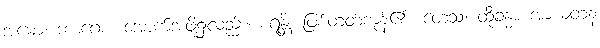
အဓော၊ ဘာဂေစ၊ အောက်အဖို့၌လည်း။ စရန္တိ၊ ဖြစ်တတ်ကုန်၏။ တေသံ၊ ထိုခန္ဓာ အာယတန